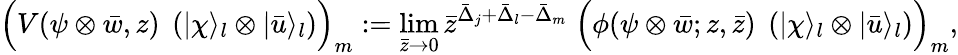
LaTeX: \Bigl(V(\psi\otimes\bar{w},z)\; \left(|\chi\rangle_{l}\otimes|\bar{u}\rangle_{l}\right)\Bigr)_{m}:=\operatorname*{lim}_{\bar{z}\rightarrow 0}\bar{z}^{\bar{\Delta}_{j}+\bar{\Delta}_{l}-\bar{\Delta}_{m}}\; \Bigl(\phi(\psi\otimes\bar{w};z,\bar{z})\; \left(|\chi\rangle_{l}\otimes|\bar{u}\rangle_{l}\right)\Bigr)_{m},